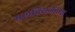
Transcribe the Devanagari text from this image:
मलविसर्जनास